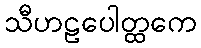
သီဟဠပေါတ္ထကေ